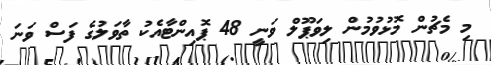
މި މެޗުން މޮޅުވުމުން ލިވަޕޫލް ވަނީ 48 ޕޮއިންޓާއެކު ތާވަލުގެ ފަސް ވަނަ